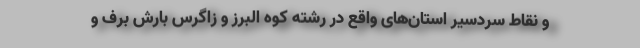
و نقاط سردسیر استان‌های واقع در رشته کوه البرز و زاگرس بارش برف و